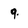
Character: 9